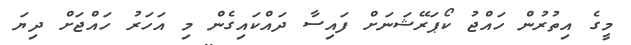
މީގެ އިތުރުން ހައްޖު ކޯޕަރޭޝަނަށް ފައިސާ ދައްކައިގެން މި އަހަރު ހައްޖަށް ދިޔަ